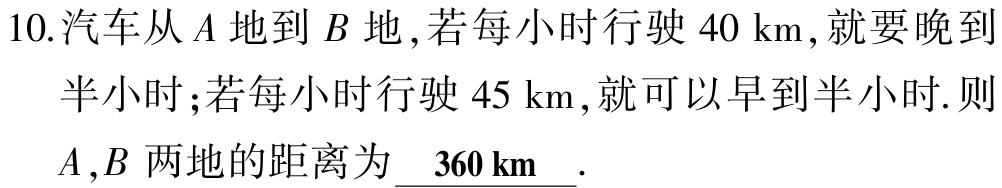
10.汽车从\(A\)地到\(B\)地,若每小时行驶\(40\mathrm{km}\),就要晚到半小时;若每小时行驶\(45\mathrm{km}\),就可以早到半小时.则\(A\),\(B\)两地的距离为\(\underline{360 \mathrm{km}}\).